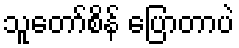
သူတော်စိန် ပြောတာပဲ